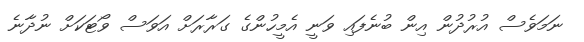
ނަމަވެސް އުރުދުން އިން ބުނެފައި ވަނީ އެމީހުންގެ ގަރާރަށް އަވަސް ވޯޓަކަށް ނުދާނެ